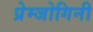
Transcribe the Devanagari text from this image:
प्रेम्जोगिनी